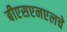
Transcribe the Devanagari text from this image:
बीएसएनएलचे